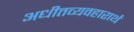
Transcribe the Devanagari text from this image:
अधीतव्यवहारार्थं